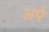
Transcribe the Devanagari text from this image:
अपे